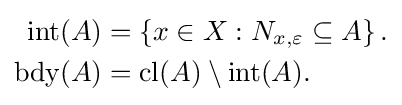
{\begin{aligned}{\mbox{int}}(A)&=\left\{x\in X:N_{x,\varepsilon }\subseteq A\right\}.\\{\mbox{bdy}}(A)&={\mbox{cl}}(A)\setminus {\mbox{int}}(A).\end{aligned}}